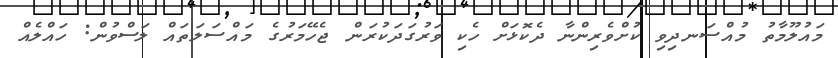
މައުލޫމާތު މުއްސަނދިވި ކުށްވެރިންނާ ދެކޮޅަށް ހެކި ވަރުގަދަކުރަން ޖެހޭމަރުގެ މައްސަލަތައް ލަސްވުން: ހައްލެއް